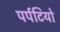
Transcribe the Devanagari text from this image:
पर्पटियो